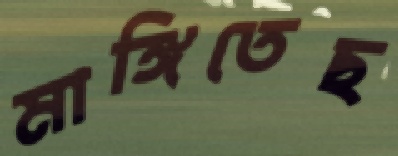
মাঙ্গিতেছ